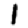
Digit: 1